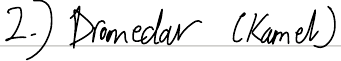
2.) Dromedar (Kamel)